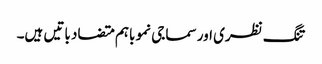
تنگ نظری اور سماجی نمو باہم متضاد باتیں ہیں۔